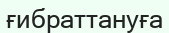
ғибраттануға